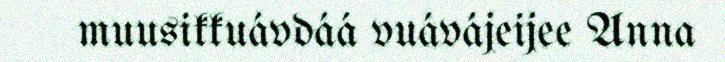
muusikkuávdáá vuávájeijee Anna